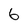
Character: 6